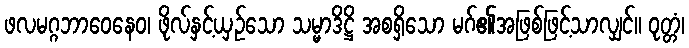
ဖလမဂ္ဂဘာဝေနေဝ၊ ဖိုလ်နှင့်ယှဉ်သော သမ္မာဒိဋ္ဌိ အစရှိသော မဂ်၏အဖြစ်ဖြင့်သာလျှင်။ ဝုတ္တံ၊